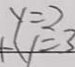
y = 2